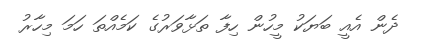
ދެން އެއީ ބަޔަކު މީހުން ހިފާ ތަޅާވަރުގެ ކަމެއްތަ ހަމަ މިހާރު